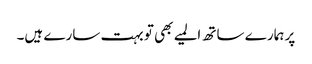
پر ہمارے ساتھ المیے بھی تو بہت سارے ہیں۔